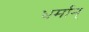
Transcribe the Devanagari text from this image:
धर्मान्